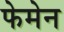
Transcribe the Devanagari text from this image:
फेमेन